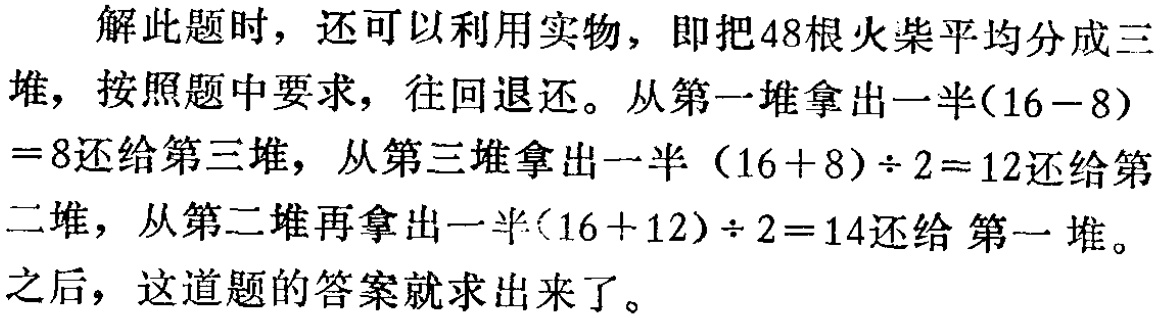
解此题时，还可以利用实物，即把48根火柴平均分成三

堆，按照题中要求，往回退还。从第一堆拿出一半\((16 - 8)\)

\(= 8\)还给第三堆，从第三堆拿出一半\((16 + 8)\div 2 = 12\)还给第

二堆，从第二堆再拿出一半\((16 + 12)\div 2 = 14\)还给 第一堆。

之后，这道题的答案就求出来了。